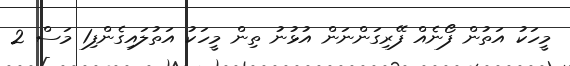
މީހަކު އަތުން ފޯނެއް ފޭރިގަންނަން އުޅުނު ތިން މީހަކު އަތުލައިގެންފި1 މަސް 2